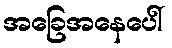
အခြေအနေပေါ်